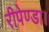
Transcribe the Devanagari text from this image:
रीपेण्डा।